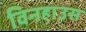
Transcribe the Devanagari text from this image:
विनहाउस